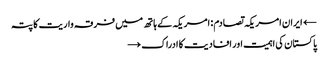
← ایران امریکہ تصادم : امریکہ کے ہاتھ میں فرقہ واریت کا پتہ
پاکستان کی اہمیت اور افادیت کا ادراک →